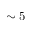
\sim 5